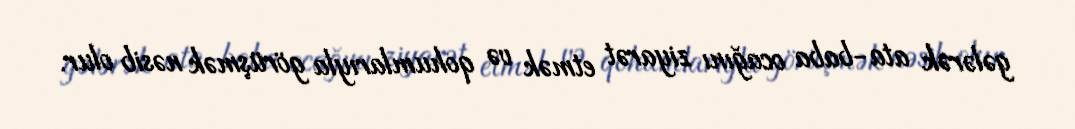
gələrək ata-baba ocağını ziyarət etmək və qohumlarıyla görüşmək nəsib olur.